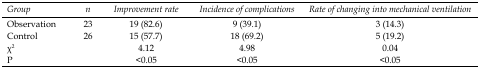
<table><thead><tr><td><b><i>Group</i></b></td><td><b><i>n</i></b></td><td><b><i>Improvement rate</i></b></td><td><b><i>Incidence of complications</i></b></td><td><b><i>Rate of changing into mechanical ventilation</i></b></td></tr></thead><tbody><tr><td>Observation</td><td>23</td><td>19 (82.6)</td><td>9 (39.1)</td><td>3 (14.3)</td></tr><tr><td>Control</td><td>26</td><td>15 (57.7)</td><td>18 (69.2)</td><td>5 (19.2)</td></tr><tr><td>χ<sup>2</sup></td><td></td><td>4.12</td><td>4.98</td><td>0.04</td></tr><tr><td>P</td><td></td><td>&lt;0.05</td><td>&lt;0.05</td><td>&lt;0.05</td></tr></tbody></table>